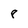
Character: 8